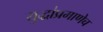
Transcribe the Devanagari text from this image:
युद्धांप्रमाणेच